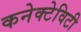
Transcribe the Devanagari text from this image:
कनेक्टेविटी